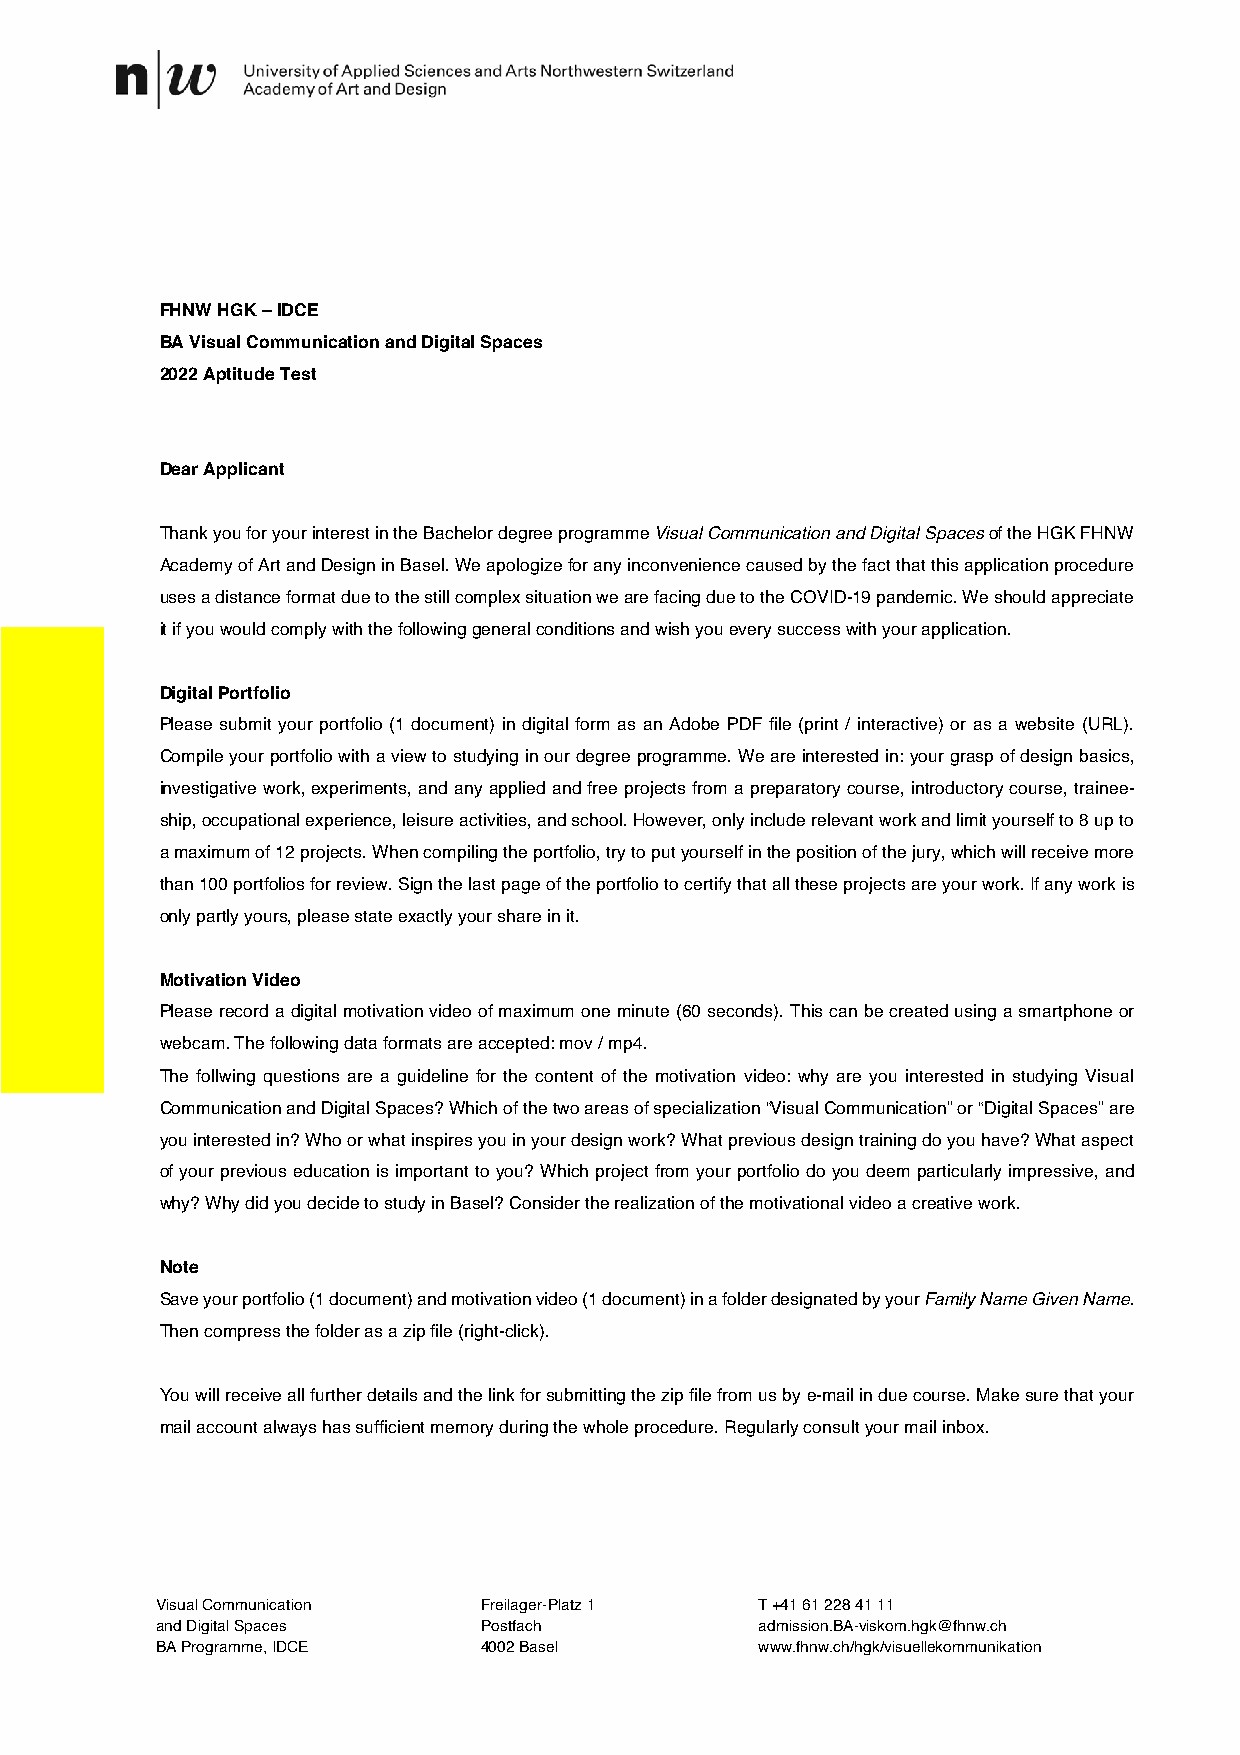
FHNW HGK – IDCE
 BA Visual Communication and Digital Spaces
 2022 Aptitude Test
 Dear Applicant
 Thank you for your interest in the Bachelor degree programme Visual Communication and Digital Spaces of the HGK FHNW
 Academy of Art and Design in Basel. We apologize for any inconvenience caused by the fact that this application procedure
 uses a distance format due to the still complex situation we are facing due to the COVID-19 pandemic. We should appreciate
 it if you would comply with the following general conditions and wish you every success with your application.
 Digital Portfolio
 Please submit your portfolio (1 document) in digital form as an Adobe PDF file (print / interactive) or as a website (URL).
 Compile your portfolio with a view to studying in our degree programme. We are interested in: your grasp of design basics,
 investigative work, experiments, and any applied and free projects from a preparatory course, introductory course, trainee-
 ship, occupational experience, leisure activities, and school. However, only include relevant work and limit yourself to 8 up to
 a maximum of 12 projects. When compiling the portfolio, try to put yourself in the position of the jury, which will receive more
 than 100 portfolios for review. Sign the last page of the portfolio to certify that all these projects are your work. If any work is
 only partly yours, please state exactly your share in it.
 Motivation Video
 Please record a digital motivation video of maximum one minute (60 seconds). This can be created using a smartphone or
 webcam. The following data formats are accepted: mov / mp4.
 The follwing questions are a guideline for the content of the motivation video: why are you interested in studying Visual
 Communication and Digital Spaces? Which of the two areas of specialization “Visual Communication” or “Digital Spaces” are
 you interested in? Who or what inspires you in your design work? What previous design training do you have? What aspect
 of your previous education is important to you? Which project from your portfolio do you deem particularly impressive, and
 why? Why did you decide to study in Basel? Consider the realization of the motivational video a creative work.
 Note
 Save your portfolio (1 document) and motivation video (1 document) in a folder designated by your Family Name Given Name.
 Then compress the folder as a zip file (right-click).
 You will receive all further details and the link for submitting the zip file from us by e-mail in due course. Make sure that your
 mail account always has sufficient memory during the whole procedure. Regularly consult your mail inbox.
 Visual Communication  Freilager-Platz 1 T +41 61 228 41 11
 and Digital Spaces    Postfach          admission.BA-viskom.hgk@fhnw.ch
 BA Programme, IDCE    4002 Basel        www.fhnw.ch/hgk/visuellekommunikation